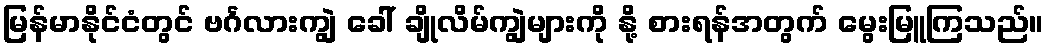
မြန်မာနိုင်ငံတွင် ဗင်္ဂလားကျွဲ ခေါ် ချိုလိမ်ကျွဲများကို နို့ စားရန်အတွက် မွေးမြူကြသည်။